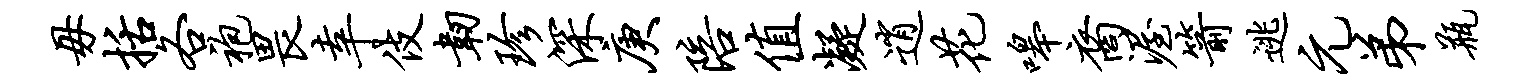
毋括各袍畏幸伎韧珍深庚陪值凝逍花嗥裔渥箭逃元弟瓶